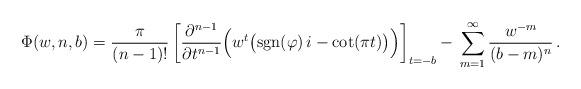
LaTeX: \begin{align*}\Phi(w,n,b) = \frac{\pi}{(n-1)!}\left[\frac{\partial^{n-1}}{\partial t^{n-1}}\Big(w^{t}\big({\rm sgn}(\varphi)\,{i}-\cot(\pi t)\big)\Big)\right]_ {t=-b} -\,\sum_{m=1}^\infty\frac{w^{-m}}{(b-m)^n}\,. \end{align*}